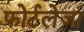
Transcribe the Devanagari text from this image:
फोर्टलेजा